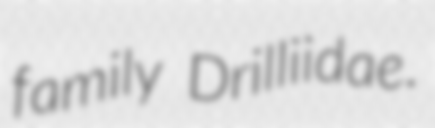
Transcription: family Drilliidae.